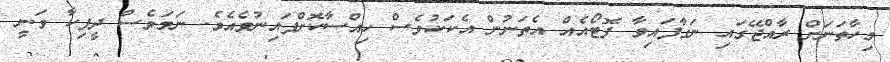
މިހާތަނަށް ރާއްޖޭގައި ނަގާފައިވާ ފޮޓޯއެއް އެތަނުން އެކަކުވެސް ހިއްސާކޮށްފައިނުވެއެވެ. ނަމަވެސް ދީޕިކާ ވަނީ